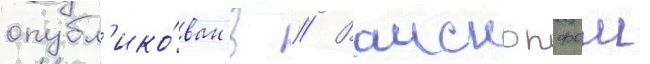
опубл'ико́ван в // Ваископфом